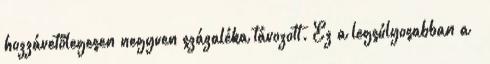
hozzávetőlegesen negyven százaléka távozott. Ez a legsúlyosabban a –